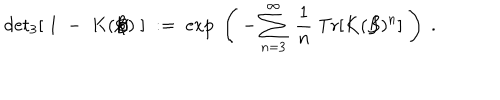
\mathrm { d e t } _ { 3 } [ \; 1 \; - \; K ( \not { \! \! B } ) \; ] \; : = \; \exp \; \left( \; - \sum _ { n = 3 } ^ { \infty } \; \frac { 1 } { n } \; \mathrm { T r } [ K ( \not { \! \! B } ) ^ { n } ] \; \right) \; .